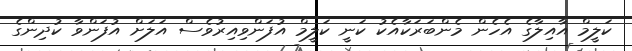
ކަލީމް އާއިލާގެ އެހެން މެންބަރަކާއެކު ކަނީ ކަލީމް އުފަންވިއިރުވެސް އަލަށް އުފަންވާ ކުދިންގެ